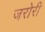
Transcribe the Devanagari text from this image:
जरोरी